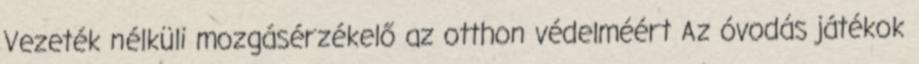
Vezeték nélküli mozgásérzékelő az otthon védelméért Az óvodás játékok